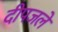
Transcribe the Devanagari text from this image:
दीपजले